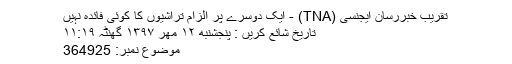
تقريب خبررسان ايجنسی (TNA) - ایک دوسرے پر الزام تراشیوں کا کوئی فائدہ نہیں
تاریخ شائع کریں : پنجشنبه ۱۲ مهر ۱۳۹۷ گھنٹہ ۱۱:۱۹
موضوع نمبر: 364925